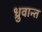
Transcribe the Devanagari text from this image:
ध्रुवान्त